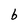
Character: b